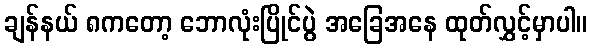
ချန်နယ် ၈ကတော့ ဘောလုံးပြိုင်ပွဲ အခြေအနေ ထုတ်လွှင့်မှာပါ။